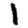
Digit: 1